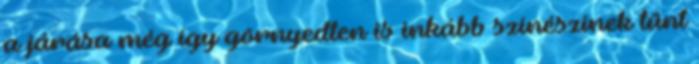
a járása még így görnyedten is inkább színészinek tűnt